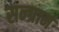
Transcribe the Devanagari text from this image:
सन्ग्राम